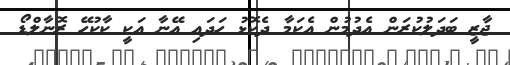
ޖާޒީ ބަދަލުކުރަން އެދުމުން އެކަމާ ދެކޮޅު ހަދައި އޭނާ އަކީ ކާކުހޭ ރޮނާލްޑޯ